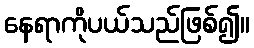
နေရာကိုပယ်သည်ဖြစ်၍။